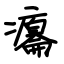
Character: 癟